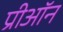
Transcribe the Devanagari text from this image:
प्रीऑन